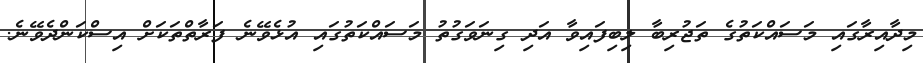
މިދާއިރާގައި މަސައްކަތުގެ ތަޖުރިބާ ލިބިފައިވާ އަދި ގިނަވަގުތު މަސައްކަތުގައި އުޅެވޭނެ ފަރާތްތަކަށް އިސްކަންދެވޭނެ.